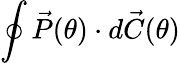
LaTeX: \oint\vec{P}(\theta)\cdot d\vec{C}(\theta)